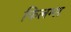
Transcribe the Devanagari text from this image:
फिलम्स